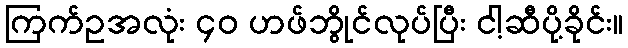
ကြက်ဥအလုံး ၄၀ ဟဖ်ဘွိုင်လုပ်ပြီး ငါ့ဆီပို့ခိုင်း။